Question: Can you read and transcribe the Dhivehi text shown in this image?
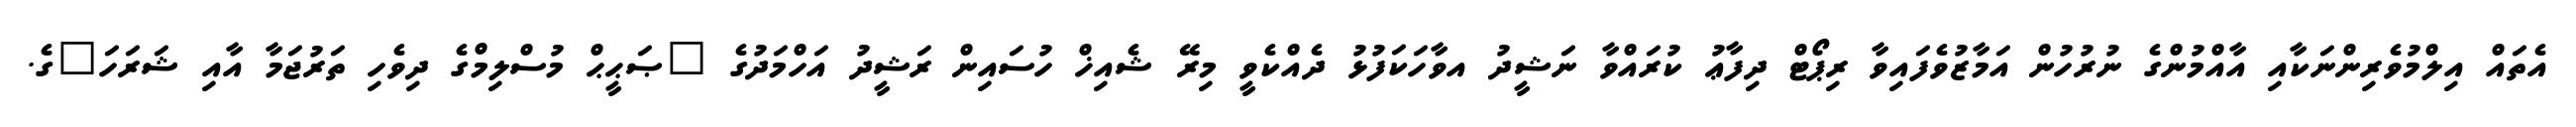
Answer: އެތައް އިލްމުވެރިންނަކާއި އާއްމުންގެ ނުރުހުން އަމާޒުވެފައިވާ ރިޕޯޓް ދިފާޢު ކުރައްވާ ނަޝީދު އވާހަކަފުޅު ދެއްކެވީ މިރޭ ޝެއިޚް ހުސައިން ރަޝީދު އަހްމަދުގެ "ޞަޙީޙް މުސްލިމްގެ ދިވެހި ތަރުޖަމާ އާއި ޝަރަހަ"ގެ.